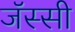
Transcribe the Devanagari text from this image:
जॅस्सी